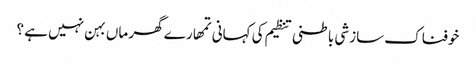
خوفناک سازشی باطنی تنظیم کی کہانی	تمھارے گھر ماں بہن نہیں ہے ؟